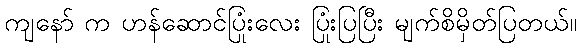
ကျနော် က ဟန်ဆောင်ပြုံးလေး ပြုံးပြပြီး မျက်စိမှိတ်ပြတယ်။